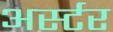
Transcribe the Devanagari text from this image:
अर्स्टर